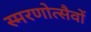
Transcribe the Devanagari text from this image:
स्मरणोत्सैवों